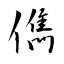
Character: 儁